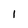
Character: 1